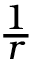
\textstyle { \frac { 1 } { r } }